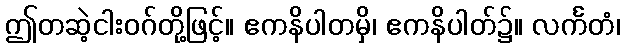
ဤတဆဲ့ငါးဝဂ်တို့ဖြင့်။ ဧကနိပါတမှိ၊ ဧကနိပါတ်၌။ လင်္ကတံ၊